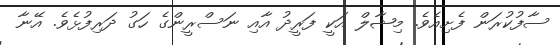
ސާފުކުރަން ފެށިއެވެ. މިޝާލް އަކީ ފަރީދު އާއި ނަސްރީންގެ ހަގު ދަރިފުޅެވެ. އޭނާ